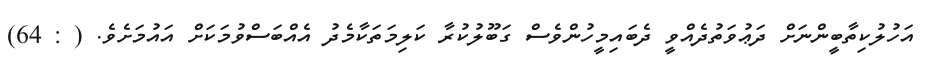
އަހުލުކިތާބީންނަށް ދަޢުވަތުދެއްވީ ދެބައިމީހުންވެސް ގަބޫލުކުރާ ކަލިމަތަކާމެދު އެއްބަސްވުމަކަށް އައުމަށެވެ. ( : 64)